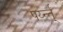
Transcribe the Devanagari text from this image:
पर्य्न्त्